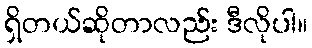
ရှိတယ်ဆိုတာလည်း ဒီလိုပါ။